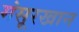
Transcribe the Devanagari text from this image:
मंसूरखान